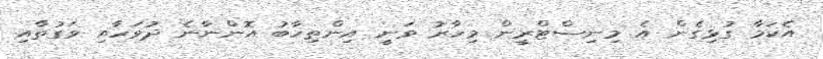
އެކަމާ ގުޅިގެން އެ މިނިސްޓްރީން މިހާރު ވަނީ އިންތިހާބު އޮންނާނެ ދުވަހާއި ވަގުތާއި